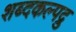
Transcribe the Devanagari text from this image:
शब्दकल्पद्रु